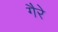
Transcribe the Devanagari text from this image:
गैरे